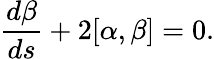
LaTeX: \frac{d\beta}{ds}+2[\alpha,\beta]=0.